画像に写った文字を読んでください
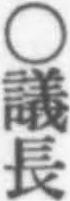
「○議長」と書いてあります